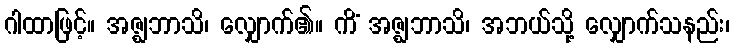
ဂါထာဖြင့်။ အဇ္ဈဘာသိ၊ လျှောက်၏။ ကိံ အဇ္ဈဘာသိ၊ အဘယ်သို့ လျှောက်သနည်း၊